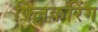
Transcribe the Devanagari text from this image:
फ्लिकरिंग